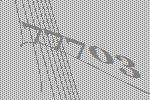
77703